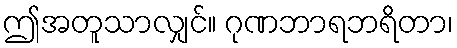
ဤအတူသာလျှင်။ ဂုဏဘာရဘရိတာ၊